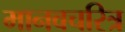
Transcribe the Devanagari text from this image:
मानवचरित्र